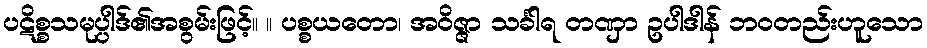
ပဋိစ္စသမုပ္ပါဒ်၏အစွမ်းဖြင့်။ ။ ပစ္စယတော၊ အဝိဇ္ဇာ သင်္ခါရ တဏှာ ဥပါဒါန် ဘဝတည်းဟူသော